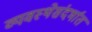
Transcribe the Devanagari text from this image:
व्यवस्थेसंदर्भात